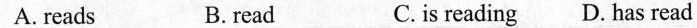
A.reads B.read C.is reading D.has read